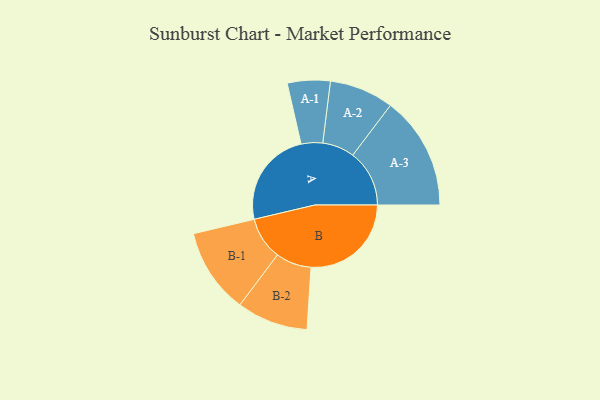
{"axis": {"x": "Segment", "y": "Value"}, "legend": ["", "A", "B"], "data": [{"x": "A", "y": 470, "type": ""}, {"x": "B", "y": 487, "type": ""}, {"x": "A-1", "y": 104, "type": "A"}, {"x": "A-2", "y": 156, "type": "A"}, {"x": "A-3", "y": 275, "type": "A"}, {"x": "B-1", "y": 207, "type": "B"}, {"x": "B-2", "y": 173, "type": "B"}]}